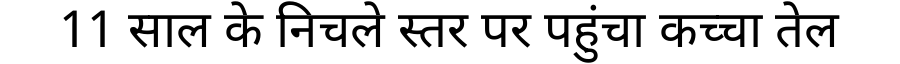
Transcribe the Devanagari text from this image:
11 साल के निचले स्तर पर पहुंचा कच्चा तेल